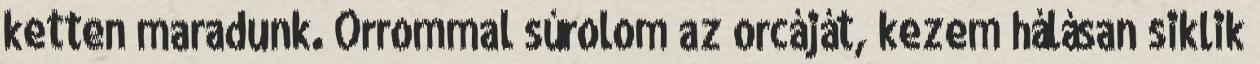
ketten maradunk. Orrommal súrolom az orcáját, kezem hálásan siklik